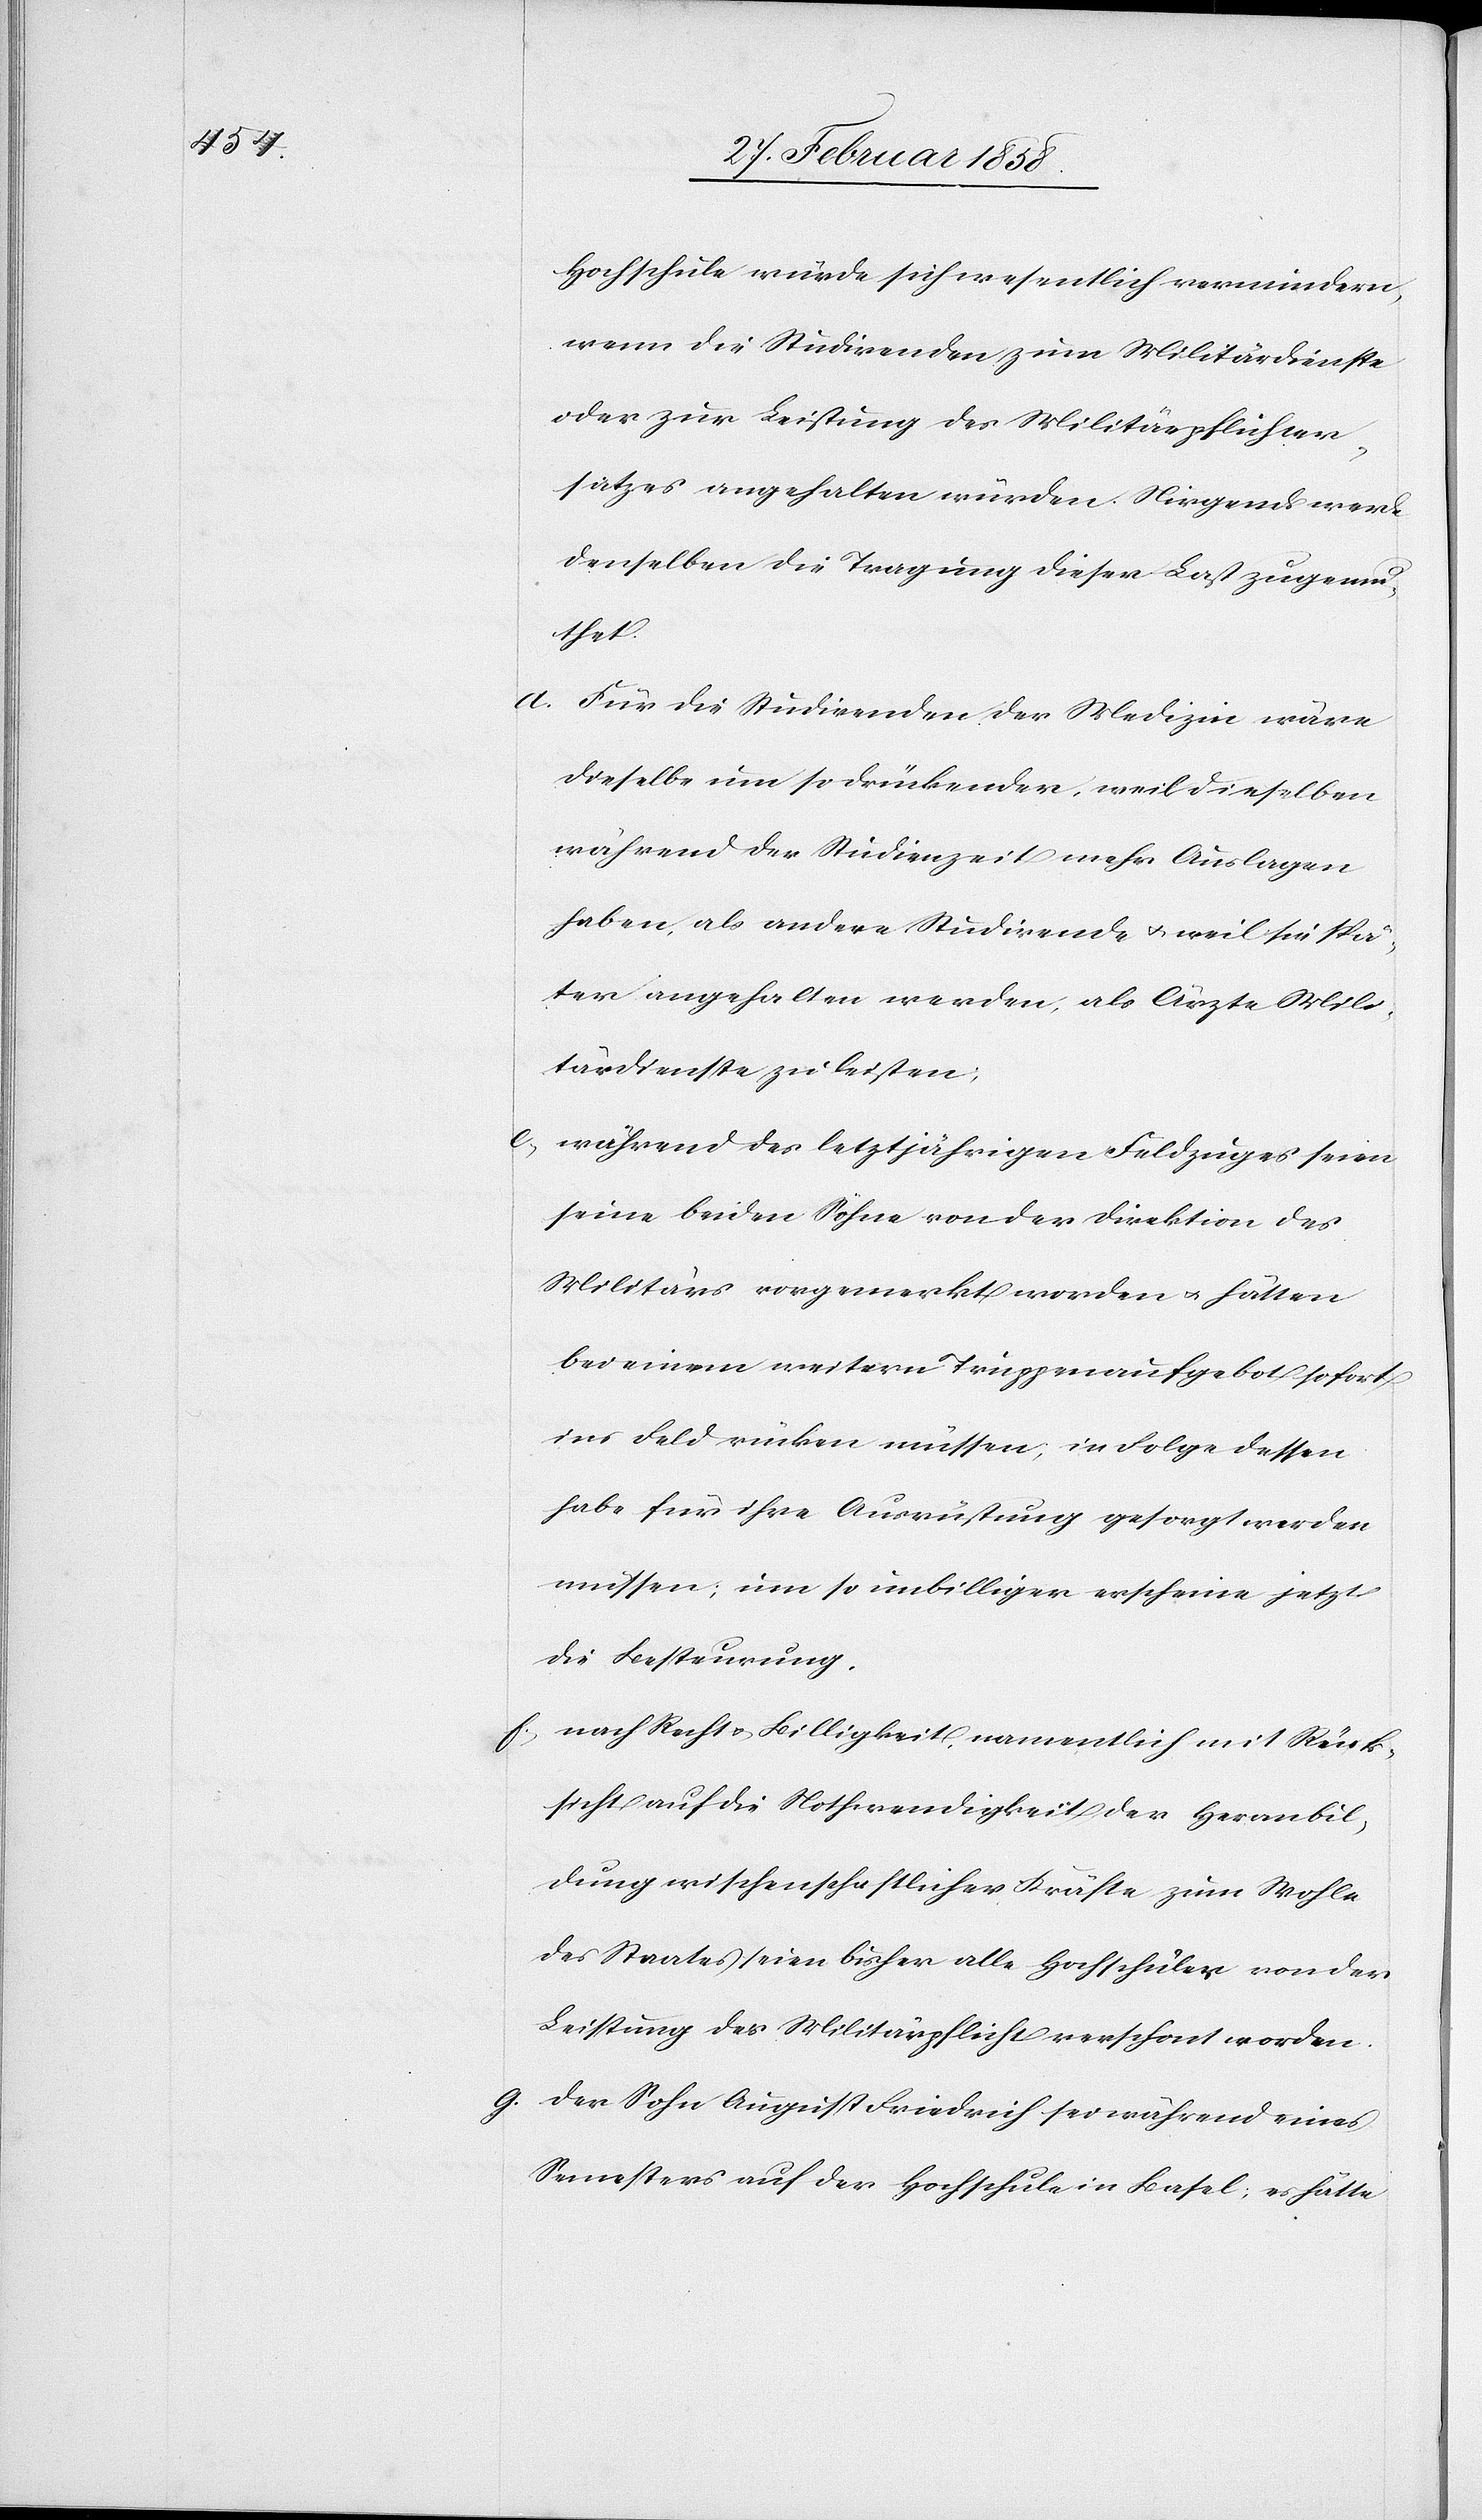
Hochschule würde sich wesentlich vermindern,
wenn die Studirenden zum Militärdienste
oder zur Leistung des Militärpflichter¬
satzes angehalten würden. Nirgend werde
denselben die Tragung dieser Last zugemu¬
thet.
Für die Studirenden der Medizin wäre
dieselbe um so drückender, weil dieselben
während der Studienzeit mehr Auslagen
haben, als andere Studirenden u. weil sie spä¬
ter angehalten werden, als Ärzte Mili¬
tärdienste zu leisten;
während des letztjährigen Feldzuges seien
seine beiden Söhne von der Direktion des
Militärs vorgemerkt worden u. hätten
bei einem weitern Truppenaufgebot sofort
ins Feld rücken müssen, in Folge dessen
habe für ihre Ausrüstung gesorgt werden
müssen, um so unbilliger erscheine jetzt
die Besteurung.
f. nach Recht u. Billigkeit, namentlich mit Rück¬
sicht auf die Nothwendigkeit der Heranbil¬
dung wischenschaftlicher [sic!] Kräfte zum Wohle
des Staates seien bisher alle Hochschüler von der
Leistung der Militärpflicht verschont worden.
g. Der Sohn August Friedrich sei während eines
Semesters auf der Hochschule in Basel; es hätte